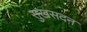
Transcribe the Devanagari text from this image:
सुखसदन